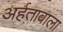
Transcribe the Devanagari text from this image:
अर्हतावाला